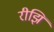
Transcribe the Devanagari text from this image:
रीझि